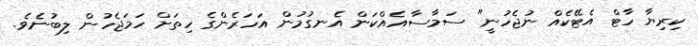
ކިރިޔާ ހާޓް އެޓޭކެއް ނުޖެހުނީ" ސަމާސާއެއްކަން އެނގުމުން އަހަރެންގެ ހިތަށް ހަމަޖެހުން ލިބުނެވެ.